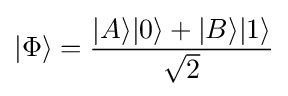
|\Phi \rangle ={\frac {|A\rangle |0\rangle +|B\rangle |1\rangle }{\sqrt {2}}}